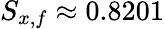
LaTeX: S_{x,f}\approx 0.8201